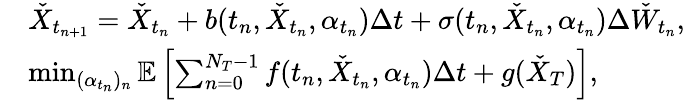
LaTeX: \begin{array}{rl}&{\check{X}_{t_{n+1}}=\check{X}_{t_{n}}+b(t_{n},\check{X}_{t_{n}},\alpha_{t_{n}})\Delta t+\sigma(t_{n},\check{X}_{t_{n}},\alpha_{t_{n}})\Delta\check{W}_{t_{n}},}\\ &{\operatorname*{min}_{(\alpha_{t_{n}})_{n}}\mathbb{E}\left[\sum_{n=0}^{N_{T}-1}f(t_{n},\check{X}_{t_{n}},\alpha_{t_{n}})\Delta t+g(\check{X}_{T})\right],}\end{array}